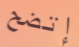
إتضح